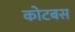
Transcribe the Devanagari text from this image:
कोटबस